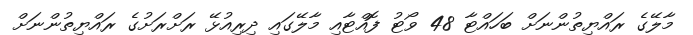
މާލޭގެ ރައްޔިތުންނަށް ބަހައްޓާ 48 ވޯޓު ފޮއްޓާއި މާލޭގައި ދިރިއުޅޭ ރަށްރަށުގެ ރައްޔިތުންނަށް